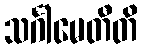
သင်္ဂါမေတီတိ